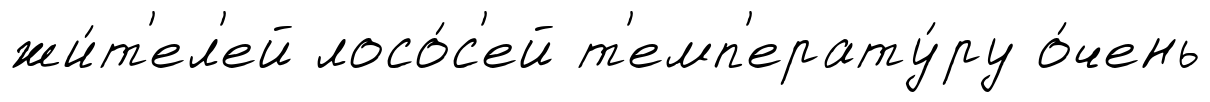
жи́т'ел'ей лосо́с'ей т'емп'ерату́ру о́чень